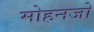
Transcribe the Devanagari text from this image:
मोहनजो